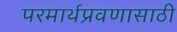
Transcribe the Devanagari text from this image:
परमार्थप्रवणासाठी